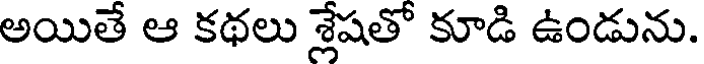
అయితే ఆ కథలు శ్లేషతో కూడి ఉండును.